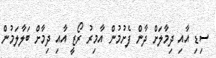
ސިޑި އާއި ދިމާލަށް ދާން ފެށުމުން އާމިރު ރޯޒީ އާއި ދިމާށް ބަލާލަމުން